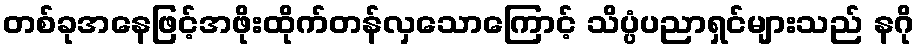
တစ်ခုအနေဖြင့်အဖိုးထိုက်တန်လှသောကြောင့် သိပ္ပံပညာရှင်များသည် နဂို